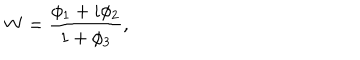
W = \frac { \phi _ { 1 } + i \phi _ { 2 } } { 1 + \phi _ { 3 } } ,